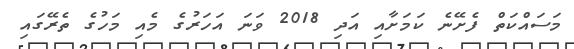
މަސައްކަތް ފެށޭނެ ކަމަަށާއި އަދި 2018 ވަނަ އަހަރުގެ މެއި މަހުގެ ތެރޭގައި